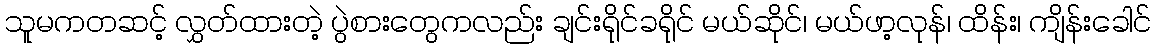
သူမကတဆင့် လွှတ်ထားတဲ့ ပွဲစားတွေကလည်း ချင်းရိုင်ခရိုင် မယ်ဆိုင်၊ မယ်ဖာ့လုန်၊ ထိန်း၊ ကျိန်းခေါင်